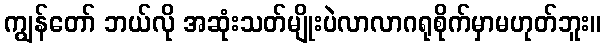
ကျွန်တော် ဘယ်လို အဆုံးသတ်မျိုးပဲလာလာဂရုစိုက်မှာမဟုတ်ဘူး။